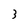
Character: 3